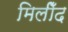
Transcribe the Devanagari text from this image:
मिलीँद